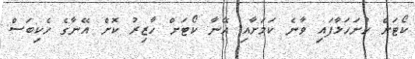
ކޯޓަށް ހުށަހަޅާފައި ވާނެ ކަމަށާއި އޭނާ ކޯޓަށް ހާޒިރު ކޮށް އޭނާގެ ހެކިބަސް